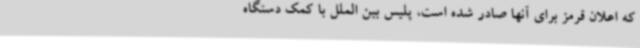
که اعلان قرمز برای آنها صادر شده است، پلیس بین الملل با کمک دستگاه